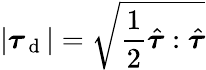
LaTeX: |\boldsymbol{\tau}_{\mathrm{~d~}}|=\sqrt{\frac{1}{2}\hat{\boldsymbol{\tau}}:\hat{\boldsymbol{\tau}}}